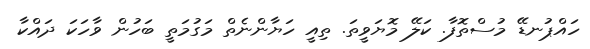
ހައްޕުނޑޭ މުސްތޮފާ. ކަލޭ މޮޔަވީތަ. ތިއީ ހަޔާންނެތް މަގުމަތީ ބަހުން ވާހަކަ ދައްކާ